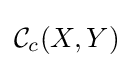
{\mathcal {C}}_{c}(X,Y)